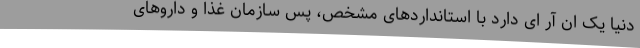
دنیا یک ان آر ای دارد با استانداردهای مشخص، پس سازمان غذا و داروهای